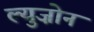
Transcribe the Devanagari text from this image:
ल्युज़ोन